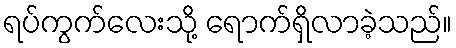
ရပ်ကွက်လေးသို့ ရောက်ရှိလာခဲ့သည်။